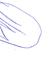
Signature authenticity: forged